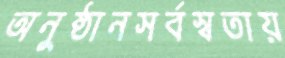
অনুষ্ঠানসর্বস্বতায়